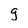
Character: g